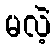
မလဲ့